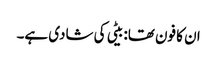
ان کا فون تھا: بیٹی کی شادی ہے۔